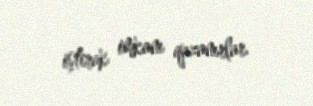
iştirak imkanı qazanırlar.